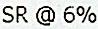
SR @ 6%